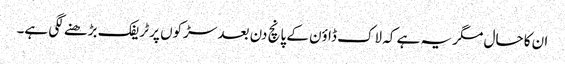
ان کا حال مگر یہ ہے کہ لاک ڈاؤن کے پانچ دن بعد سڑکوں پر ٹریفک بڑھنے لگی ہے۔